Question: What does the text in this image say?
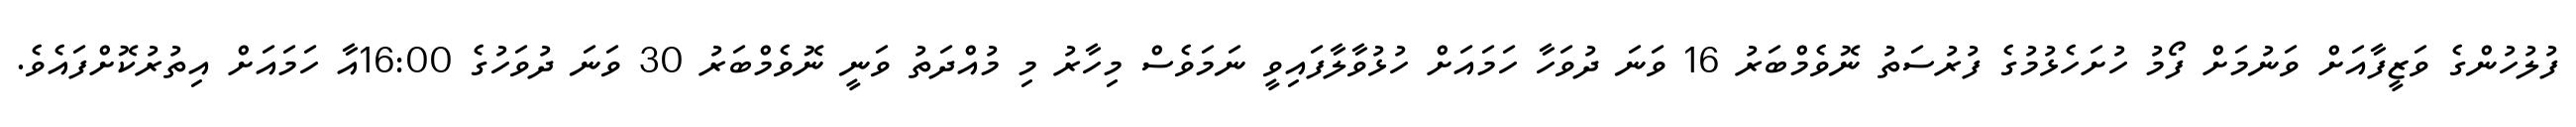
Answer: ފުލުހުންގެ ވަޒީފާއަށް ވަނުމަށް ފޯމު ހުށަހެޅުމުގެ ފުރުސަތު ނޮވެމްބަރު 16 ވަނަ ދުވަހާ ހަމައަށް ހުޅުވާލާފައިވީ ނަމަވެސް މިހާރު މި މުއްދަތު ވަނީ ނޮވެމްބަރު 30 ވަނަ ދުވަހުގެ 16:00އާ ހަމައަށް އިތުރުކޮށްފައެވެ.